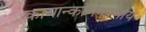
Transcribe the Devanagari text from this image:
कामान्कामकामाय